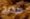
صحيح